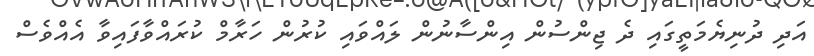
އަދި ދުނިޔެމަތީގައި ދެ ޖިންސުން އިންސާނުން ލައްވައި ކުރުން ހަރާމް ކުރައްވާފައިވާ އެއްވެސް